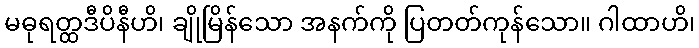
မဓုရတ္ထဒီပိနီဟိ၊ ချိုမြိန်သော အနက်ကို ပြတတ်ကုန်သော။ ဂါထာဟိ၊